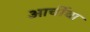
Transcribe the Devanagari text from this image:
आर्चीचा